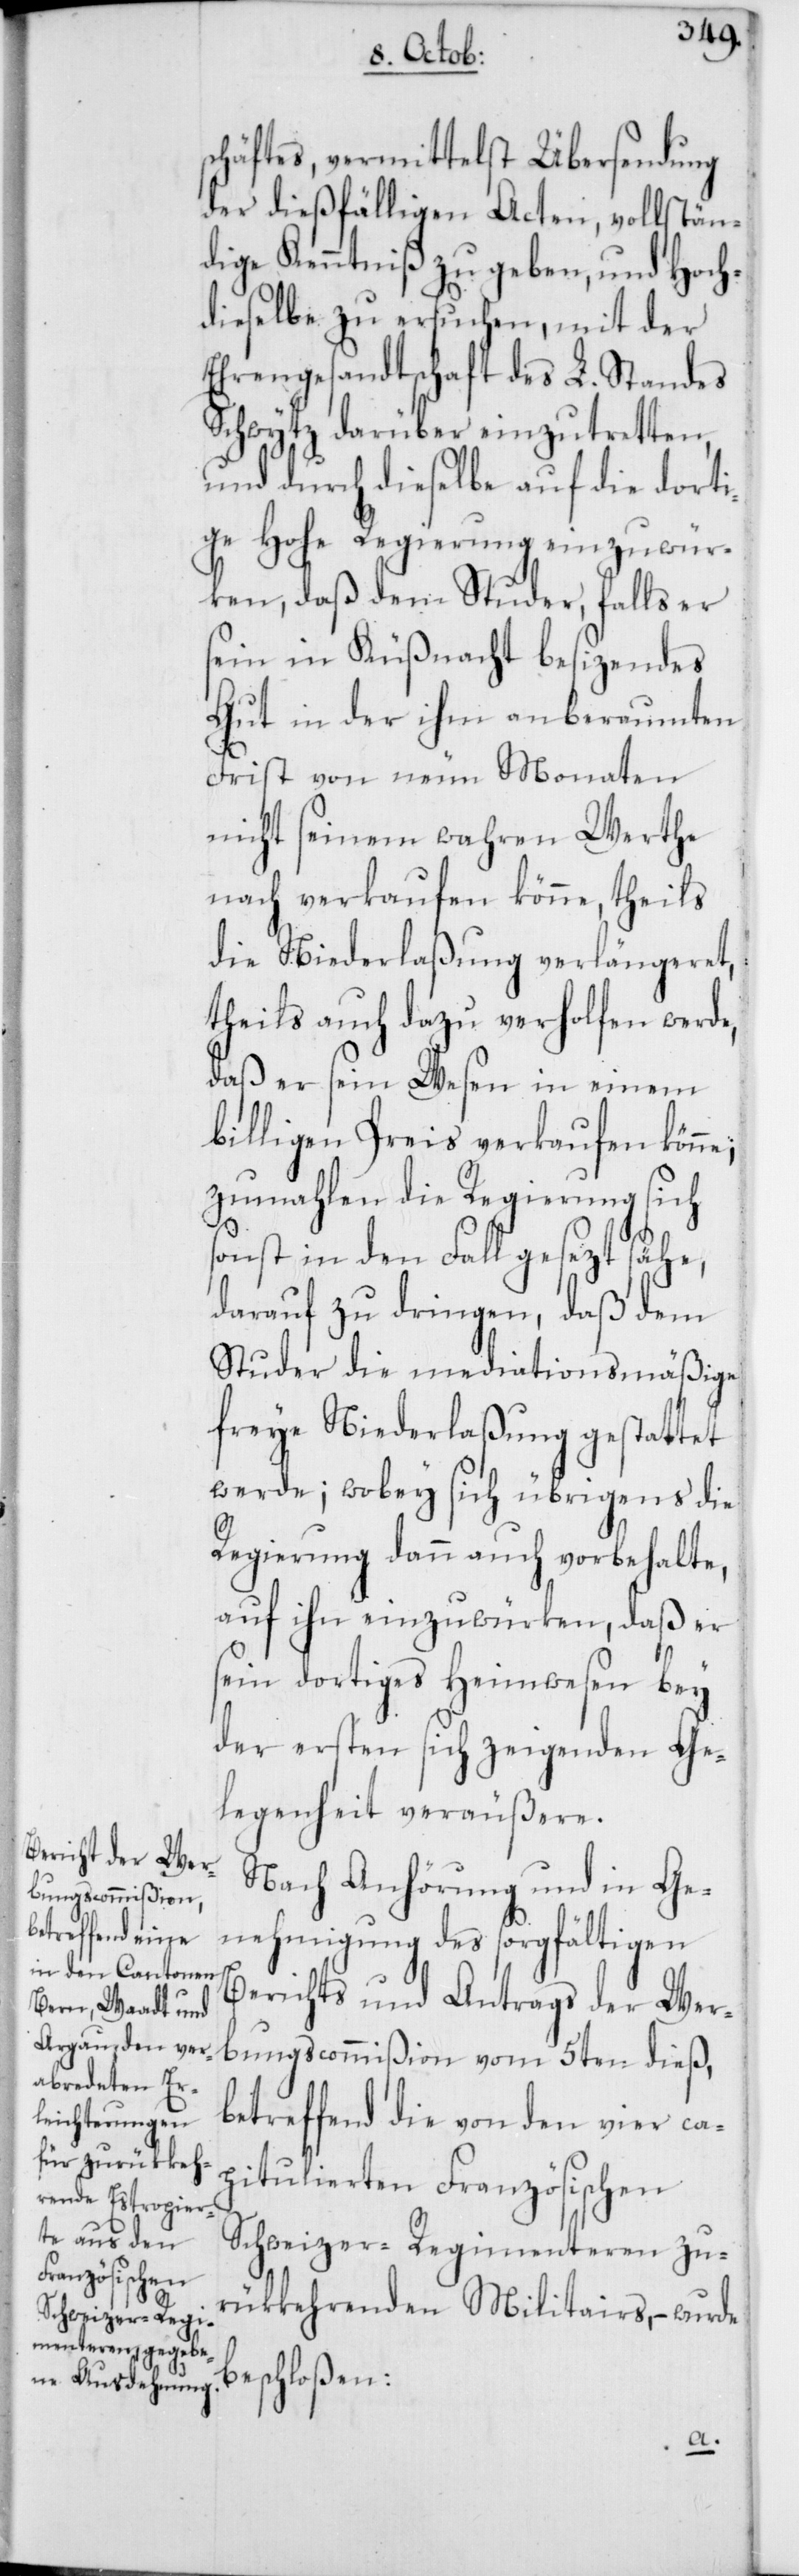
schäftes, vermittelst Übersendung
der dießfälligen Acten, vollstän¬
dige Kenntniß zu geben, und Hoch¬
dieselbe zu ersuchen, mit der
Ehrengesandtschaft des L. Standes
Schwytz darüber einzutretten,
und durch dieselbe auf die dorti¬
ge Hohe Regierung einzuwür¬
ken, daß dem Studer, falls er
sein in Küßnacht besizendes
Gut in der ihm anberaumten
Frist von neun Monaten
nicht seinem wahren Werthe
nach verkaufen könne, theils
die Niederlaßung verlängeret,
theils auch dazu verholfen werde,
daß er sein Wesen in einem
billigen Preis verkaufen könne;
zumahlen die Regierung sich
sonst in den Fall gesezt sähe,
darauf zu dringen, daß dem
Studer die mediationsmäßige
freye Niederlaßung gestattet
werde; wobey sich übrigens die
Regierung dann auch vorbehalte,
auf ihn einzuwürken, daß er
sein dortiges Heimwesen bey
der ersten sich zeigenden Ge¬
legenheit veräußere.
Nach Anhörung und in Ge¬
nehmigung des sorgfältigen
Berichts und Antrags der Wer¬
bungscommißion vom 5ten dieß,
betreffend die von den vier ca¬
pitulierten Französischen
Schweizer-Regimenteren zur¬
ükkehrenden Militairs, – wurde